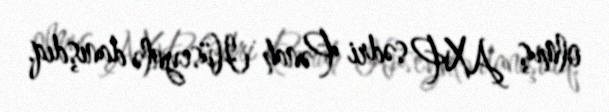
olmuş AXP sədri Pənah Hüseynlə danışdıq.